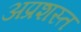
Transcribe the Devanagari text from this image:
अप्रशस्त